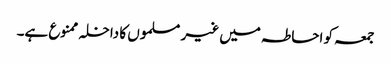
جمعہ کو احاطہ میں غیر مسلموں کا داخلہ ممنوع ہے۔